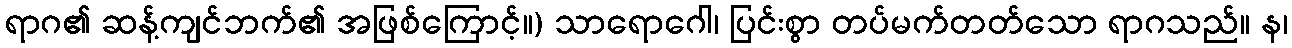
ရာဂ၏ ဆန့်ကျင်ဘက်၏ အဖြစ်ကြောင့်။) သာရောဂေါ၊ ပြင်းစွာ တပ်မက်တတ်သော ရာဂသည်။ န၊